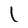
Character: l